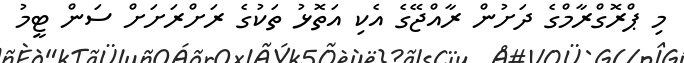
މި ޕްރޮގްރާމްގެ ދަށުން ރާއްޖޭގެ އެކި އަތޮޅު ތަކުގެ ރަށްރަށަށް ސަން ޓީމު